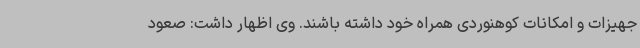
جهیزات و امکانات کوهنوردی همراه خود داشته باشند. وی اظهار داشت: صعود